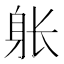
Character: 𲄚